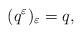
LaTeX: \begin{align*}(q^{\varepsilon})_{\varepsilon}=q,\end{align*}